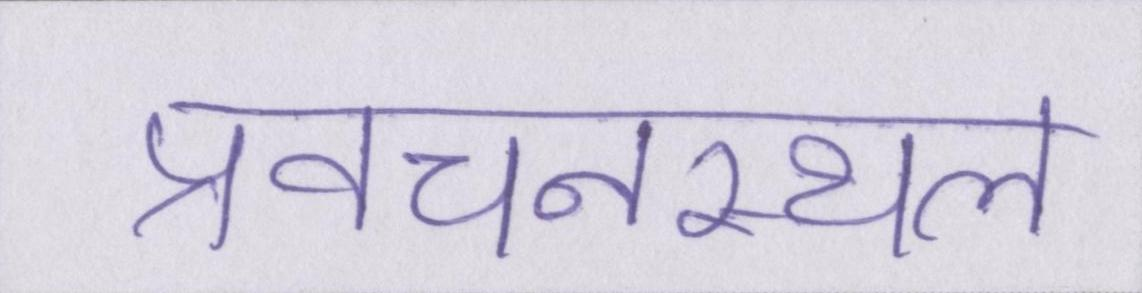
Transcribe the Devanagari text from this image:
प्रवचनस्थल